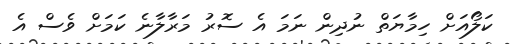
ކަލޯއަށް ހިމާޔަތް ނުދިން ނަމަ އެ ސޮރު މަރާލާނެ ކަމަށް ވެސް އެ